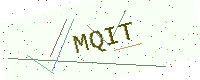
Text: MQIT